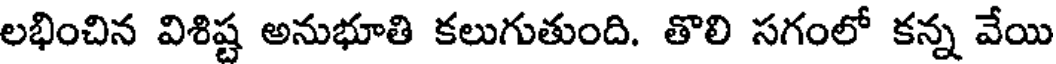
లభించిన విశిష్ట అనుభూతి కలుగుతుంది. తొలి సగంలో కన్న వేయి